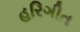
હરિગીત